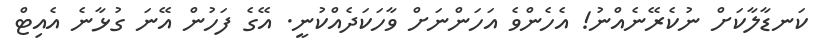
ކަނޑާލާކަށް ނުކެރޭނެއްނު! އެހެންވެ އަހަންނަށް ވާހަކަދެއްކުނީ. އޭގެ ފަހުން އޭނަ ގުޅާނެ އެއިޓް